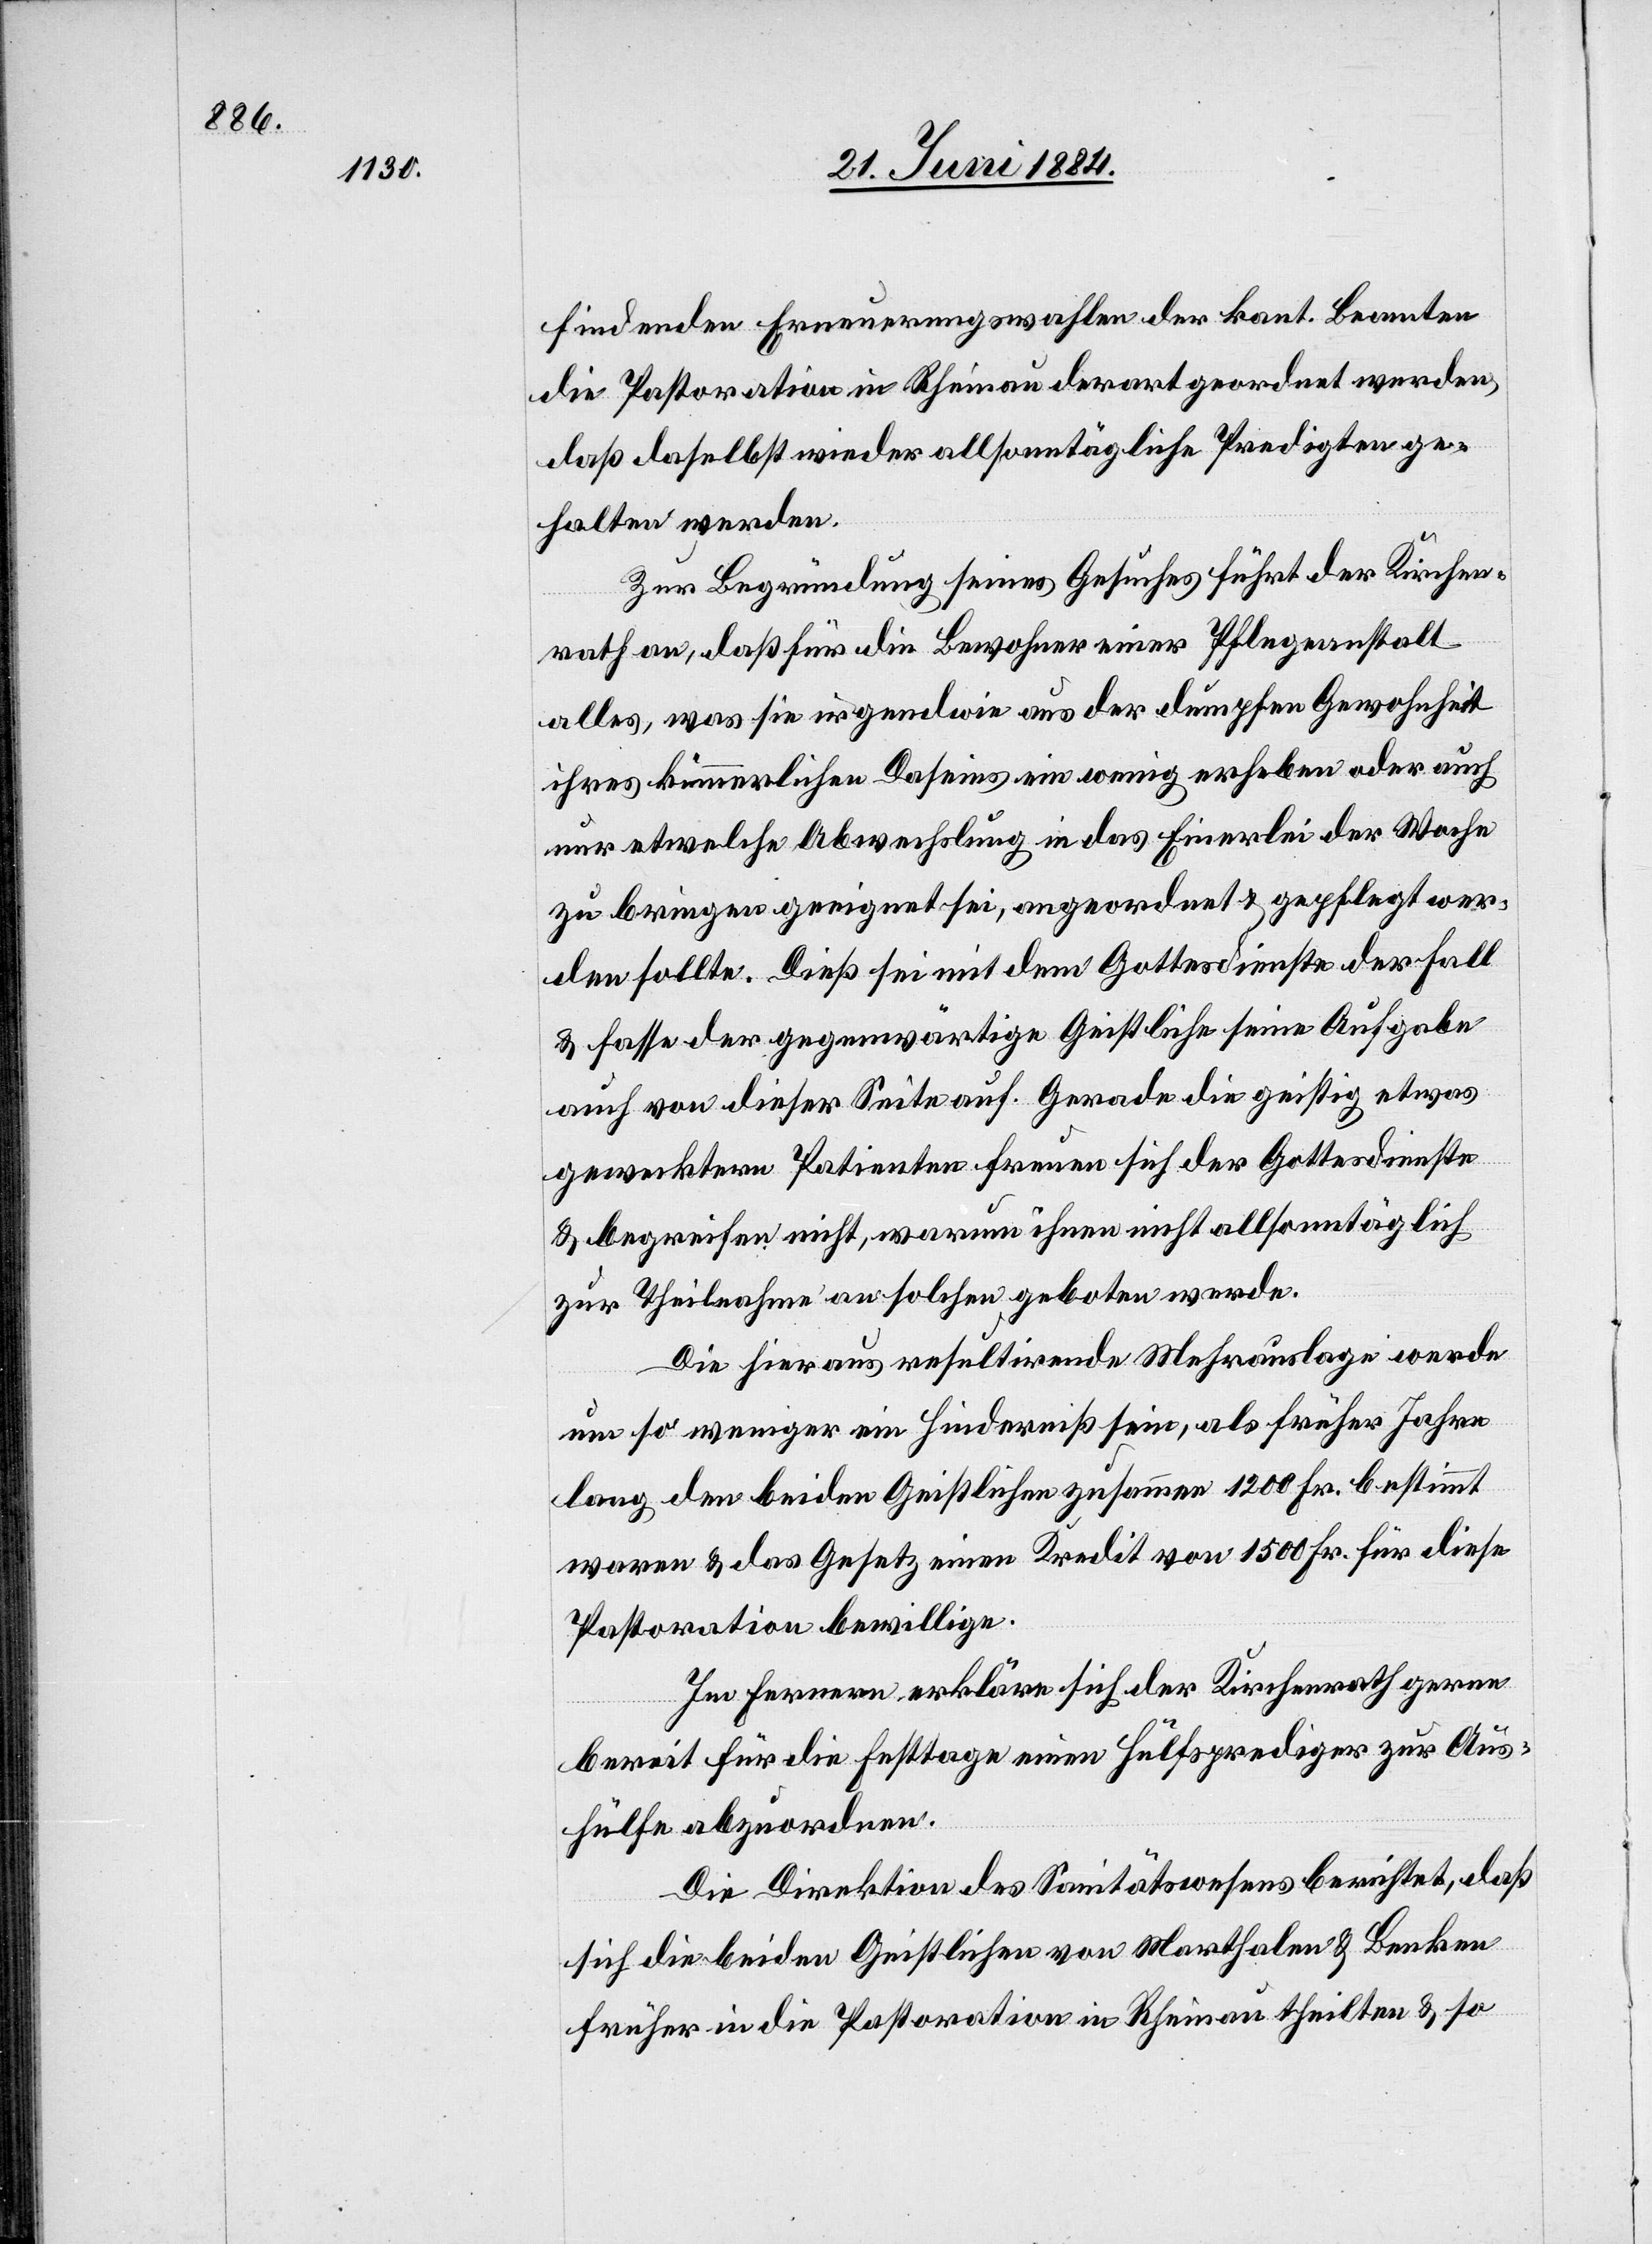
findenden Erneuerungswahlen der kant. Beamten
die Pastoration in Rheinau derart geordnet werden,
daß daselbst wieder allsonntägliche Predigten ge¬
halten werden.
Zur Begründung seines Gesuches führt der Kirchen¬
rath an, daß für die Bewohner einer Pflegeanstalt
alles, was sie irgendwie aus der dumpfen Gewohnheit
ihres kümmerlichen Daseins ein wenig erheben oder auch
nur etwelche Abwechslung in das Einerlei der Woche
zu bringen geeignet sei, angeordnet & gepflegt wer¬
den sollte. Dieß sei mit dem Gottesdienste der Fall
& fasse der gegenwärtige Geistliche seine Aufgabe
auch von dieser Seite auf. Gerade die geistig etwas
gewecktern Patienten freuen sich der Gottesdienste
& begreifen nicht, warum ihnen nicht allsonntäglich
zur Theilnahme an solchen geboten werde.
Die hieraus resultirende Mehrauslage werde
um so weniger ein Hinderniß sein, als früher Jahre
lang den beiden Geistlichen zusammen 1200 Fr. bestimmt
waren & das Gesetz einen Kredit von 1500 Fr. für diese
Pastoration bewillige.
Im Fernern erkläre sich der Kirchenrath gerne
bereit für die Festtage einen Hülfsprediger zur Aus¬
hülfe abzuordnen.
Die Direktion des Sanitätswesens berichtet, daß
sich die beiden Geistlichen von Marthalen & Benken
früher in die Pastoration in Rheinau theilten & so